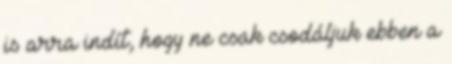
is arra indít, hogy ne csak csodáljuk ebben a